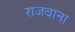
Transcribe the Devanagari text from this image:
राजवाना